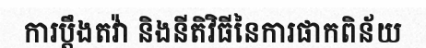
ការប្តឹងតវ៉ា និងនីតិវិធីនៃការផាកពិន័យ